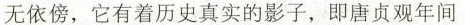
无依傍，它有着历史真实的影子，即唐贞观年间